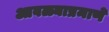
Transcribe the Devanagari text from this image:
आवळ्याप्रमाणे